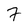
Character: 7